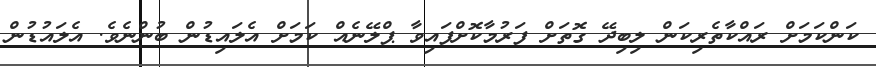
ކަންކަމަށް ރައްކާތެރިކަން ލިބިދޭ ގޮތަށް ފަރުމާކޮށްފައިވާ ޕްލޭނެއް ކަމަށް އެލައިޑުން ބުންނެވެ. އެލައުޑުން